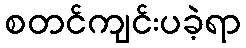
စတင်ကျင်းပခဲ့ရာ